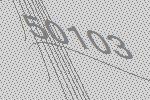
50103